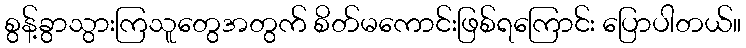
စွန့်ခွာသွားကြသူတွေအတွက် စိတ်မကောင်းဖြစ်ရကြောင်း ပြောပါတယ်။